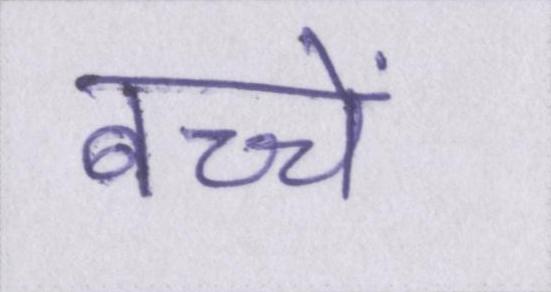
बच्चें